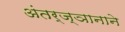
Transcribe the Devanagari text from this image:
अंतर्ज्ञानाने